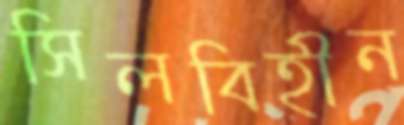
সিলবিহীন